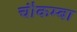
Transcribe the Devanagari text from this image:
चौकम्‍बा